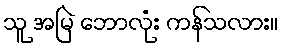
သူ အမြဲ ဘောလုံး ကန်သလား။